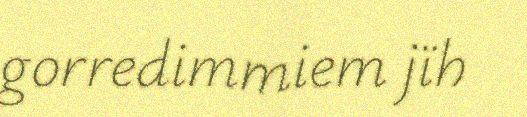
gorredimmiem jïh